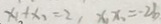
x _ { 1 } + x _ { 1 } = 2 , x _ { 1 } x _ { 1 } = - 2 b